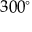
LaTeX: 3 0 0 ^ { \circ }